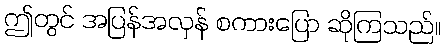
ဤတွင် အပြန်အလှန် စကားပြော ဆိုကြသည်။